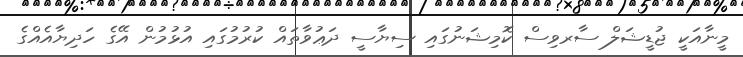
މީނާއަކީ ޖުޑީޝަލް ސާރވިސް ކޮމިޝަނުގައި ސިޔާސީ ދަޢުވާތައް ކުރުމުގައި އުޅުމުން އޭގެ ހަދިޔާއެއްގެ